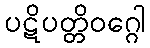
ပဋိပတ္တိဝဂ္ဂေါ